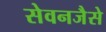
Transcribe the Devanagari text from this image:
सेवनजैसे